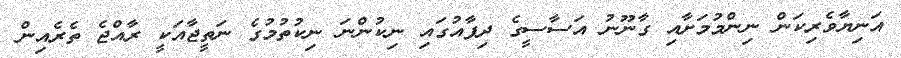
އަނިޔާވެރިކަން ނިންމުމަށާއި ގާނޫނު އަސާސީގެ ދިފާއުގައި ނިކުންނަ ނިކުތުމުގެ ނަތީޖާއަކީ ރާއްޖެ ތެރެއިން